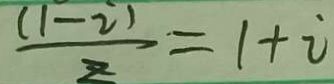
\frac { ( 1 - i ) } { z } = 1 + i